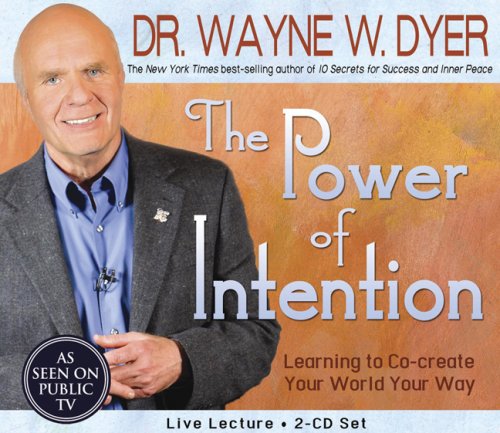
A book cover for The Power of Intention 2-CD Set: Learning to Co-Create Your World Your Way; Dr. Wayne W. Dyer; Health, Fitness & Dieting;